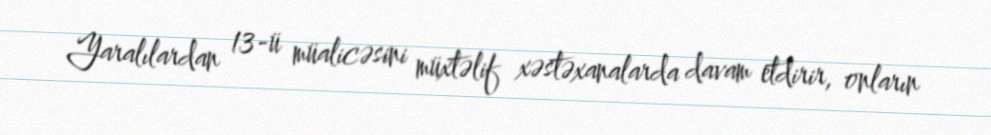
Yaralılardan 13-ü müalicəsini müxtəlif xəstəxanalarda davam etdirir, onların